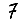
Digit: 7